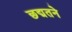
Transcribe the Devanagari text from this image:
छद्मतने